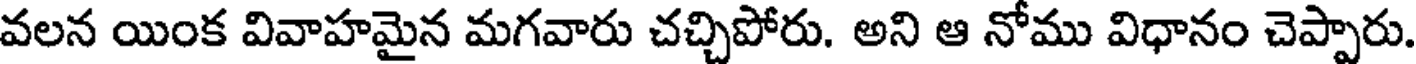
వలన యింక వివాహమైన మగవారు చచ్చిపోరు. అని ఆ నోము విధానం చెప్పారు